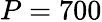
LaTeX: P=700